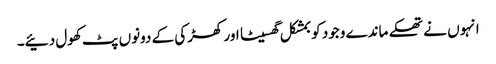
انہوں نے تھکے ماندے وجود کو بمشکل گھسیٹا اور کھڑکی کے دونوں پٹ کھول دئیے۔